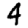
Digit: 4